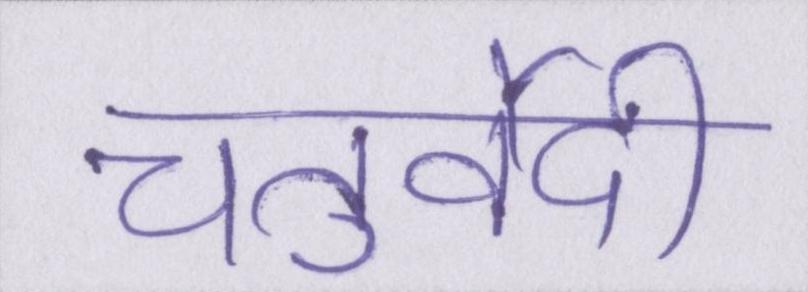
चतुर्वेदी